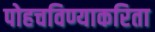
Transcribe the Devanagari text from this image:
पोहचविण्याकरिता